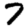
Digit: 7